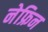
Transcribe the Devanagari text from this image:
नेफ्रिन